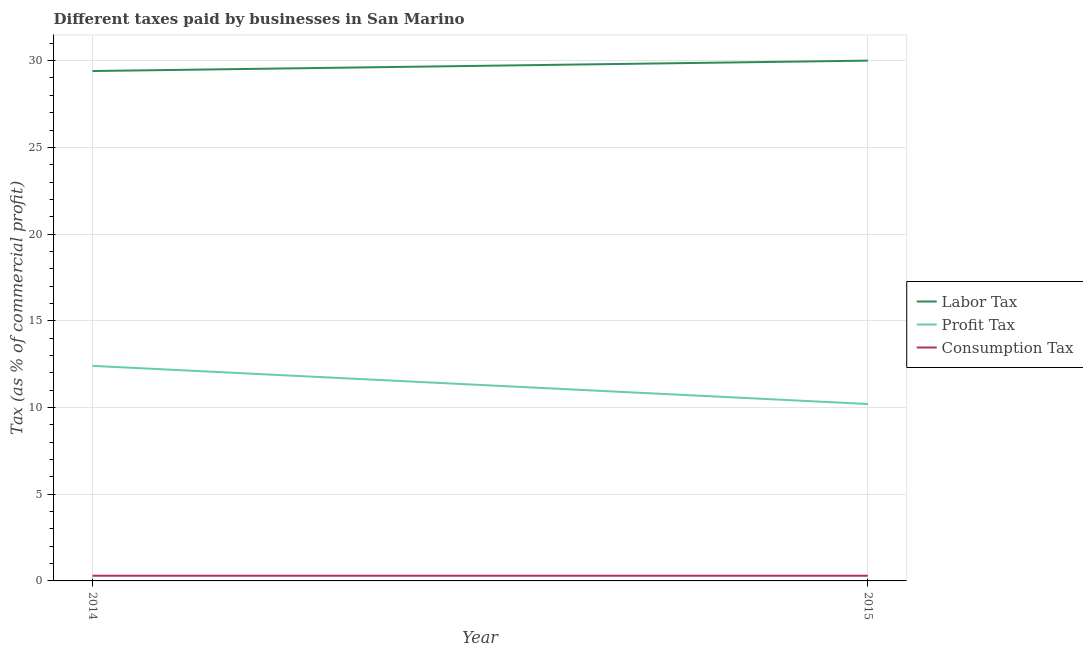
| Year | Labor Tax | Profit Tax | Consumption Tax |
 | --- | --- | --- | --- |
 | 2014 | 29.4 | 12.4 | 0.3 |
 | 2015 | 30 | 10.2 | 0.3 |